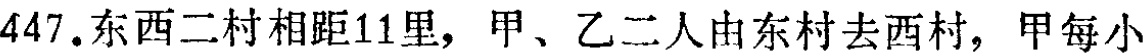
447.东西二村相距11里，甲、乙二人由东村去西村，甲每小